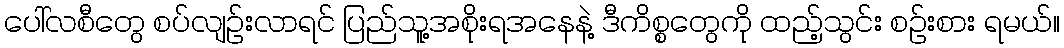
ပေါ်လစီတွေ စပ်လျဉ်းလာရင် ပြည်သူ့အစိုးရအနေနဲ့ ဒီကိစ္စတွေကို ထည့်သွင်း စဉ်းစား ရမယ်။